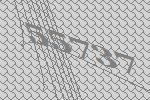
55737